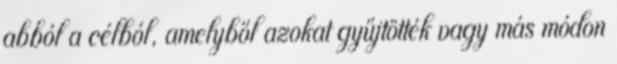
abból a célból, amelyből azokat gyűjtötték vagy más módon